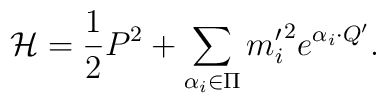
{\cal H}={1\over2}P^2+\sum_{\alpha_i\in\Pi}   {m_i^\prime}^2e^{\alpha_i\cdot   Q^\prime}.